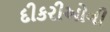
દીકરીઓની